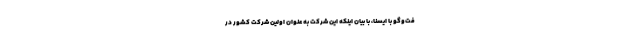
فت‌وگو با ایسنا، با بیان اینکه این شرکت به عنوان اولین شرکت کشور در